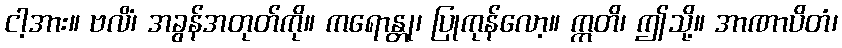
ငါ့အား။ ဗလိံ၊ အခွန်အတုတ်ကို။ ကရောန္တု၊ ပြုကုန်လော့။ ဣတိ၊ ဤသို့။ အာဏာပိတံ၊